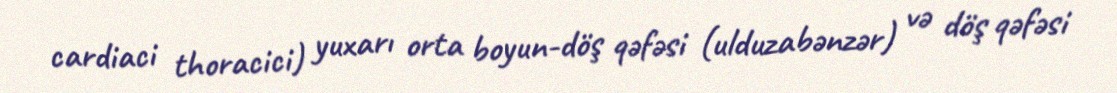
cardiaci thoracici) yuxarı orta boyun-döş qəfəsi (ulduzabənzər) və döş qəfəsi